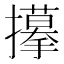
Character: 𢸆